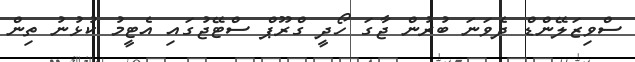
ސްވިޒަލޭންޑް ދެވަނަ ބުރުން ޖާގަ ހޯދީ ގްރޫޕް ސްޓޭޖުގައި އެޓީމު ކުޅުނު ތިން